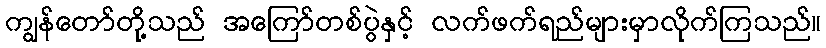
ကျွန်တော်တို့သည် အကြော်တစ်ပွဲနှင့် လက်ဖက်ရည်များမှာလိုက်ကြသည်။